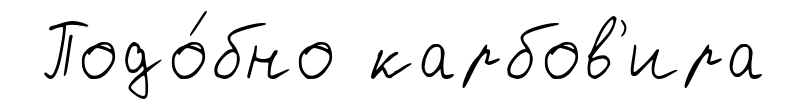
Подо́бно карбов'ира